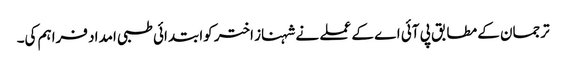
ترجمان کے مطابق پی آئی اے کے عملے نے شہناز اختر کوابتدائی طبی امداد فراہم کی۔